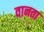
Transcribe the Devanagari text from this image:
वानता